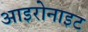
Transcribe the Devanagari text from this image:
आइरोनाइट